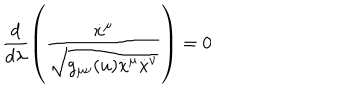
\frac { d } { d \lambda } \left( \frac { \dot { x } ^ { \mu } } { \sqrt { g _ { \mu \nu } ( u ) \dot { x } ^ { \mu } \dot { x } ^ { \nu } } } \right) = 0